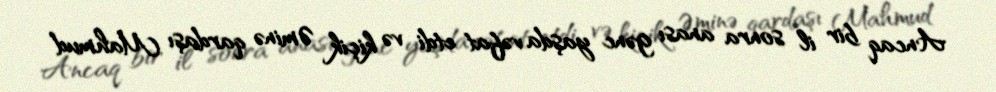
Ancaq bir il sonra anası gənc yaşda vəfat etdi və kiçik Əminə qardaşı Mahmud